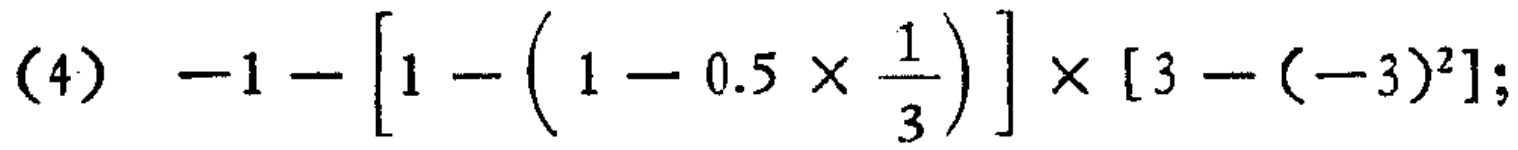
(4) \(-1 - \left[1 - \left(1 - 0.5\times\frac{1}{3}\right)\right]\times[3 - (-3)^2]\);